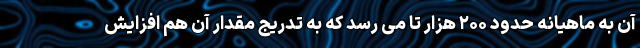
آن به ماهیانه حدود ۲۰۰ هزار تا می رسد که به تدریج مقدار آن هم افزایش